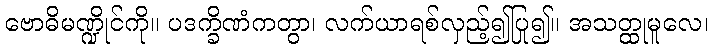
ဗောဓိမဏ္ဍိုင်ကို။ ပဒက္ခိဏံကတွာ၊ လက်ယာရစ်လှည့်၍ပြု၍။ အသတ္ထုမူလေ၊